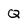
Character: Q